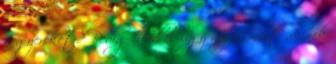
a gyereket? Pedig hidd el úgy néz ki,mint akinek